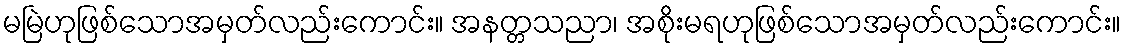
မမြဲဟုဖြစ်သောအမှတ်လည်းကောင်း။ အနတ္တသညာ၊ အစိုးမရဟုဖြစ်သောအမှတ်လည်းကောင်း။